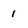
Character: 1